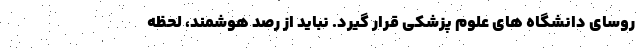
روسای دانشگاه های علوم پزشکی قرار گیرد. نباید از رصد هوشمند، لحظه